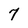
Character: 7